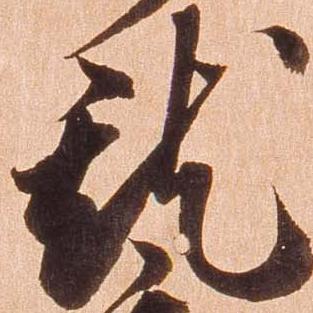
就